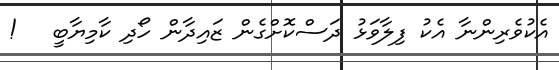
އެކުވެރިންނާ އެކު ފިލާވަޅު ދަސްކޮށްގެން ޒައިދާން ހޯދި ކާމިޔާބީ   !